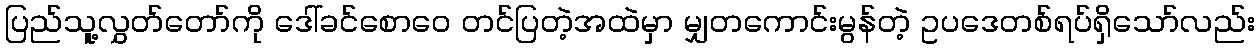
ပြည်သူ့လွှတ်တော်ကို ဒေါ်ခင်စောဝေ တင်ပြတဲ့အထဲမှာ မျှတကောင်းမွန်တဲ့ ဥပဒေတစ်ရပ်ရှိသော်လည်း